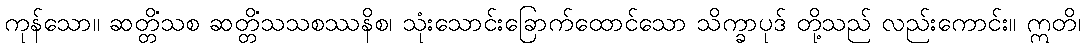
ကုန်သော။ ဆတ္တိံသစ ဆတ္တိံသသစဿနိစ၊ သုံးသောင်းခြောက်ထောင်သော သိက္ခာပုဒ် တို့သည် လည်းကောင်း။ ဣတိ၊